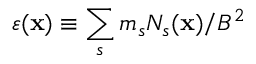
\varepsilon ( { \bf x } ) \equiv \sum _ { s } { m _ { s } N _ { s } ( { \bf x } ) / B ^ { 2 } }